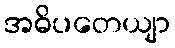
အဓိပတေယျာ